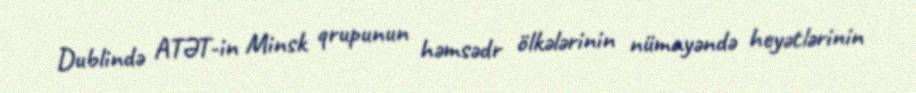
Dublində ATƏT-in Minsk qrupunun həmsədr ölkələrinin nümayəndə heyətlərinin